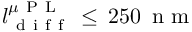
l _ { \mathrm { ~ d ~ i ~ f ~ f ~ } } ^ { \mu \mathrm { ~ P ~ L ~ } } \, \leq \, 2 5 0 \, \mathrm { ~ n ~ m ~ }